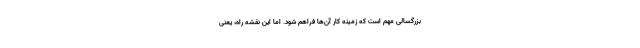
بزرگسالی مهم است که زمینه کار آن‌ها فراهم شود. اما این نقشه راه، یعنی